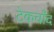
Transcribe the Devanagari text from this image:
टेकचाँद